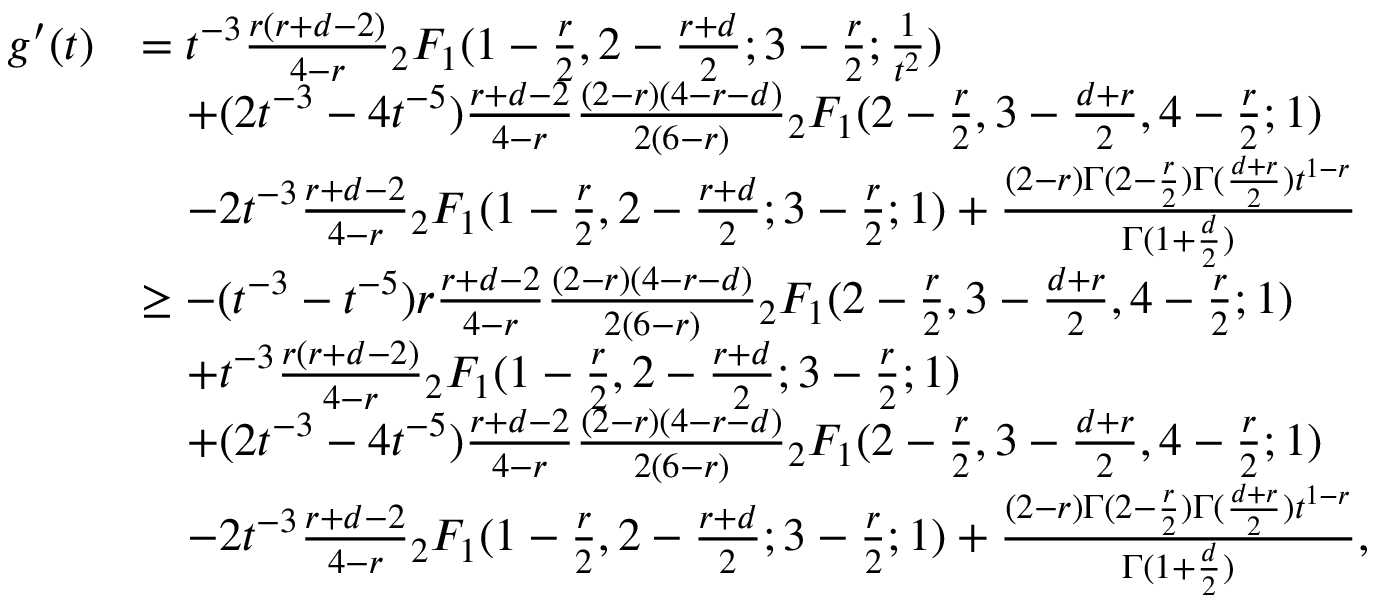
\begin{array} { r l } { g ^ { \prime } ( t ) } & { = t ^ { - 3 } \frac { r ( r + d - 2 ) } { 4 - r } { _ 2 F _ { 1 } } ( 1 - \frac { r } { 2 } , 2 - \frac { r + d } { 2 } ; 3 - \frac { r } { 2 } ; \frac { 1 } { t ^ { 2 } } ) } \\ & { \quad + ( 2 t ^ { - 3 } - 4 t ^ { - 5 } ) \frac { r + d - 2 } { 4 - r } \frac { ( 2 - r ) ( 4 - r - d ) } { 2 ( 6 - r ) } { _ 2 F _ { 1 } } ( 2 - \frac { r } { 2 } , 3 - \frac { d + r } { 2 } , 4 - \frac { r } { 2 } ; 1 ) } \\ & { \quad - 2 t ^ { - 3 } \frac { r + d - 2 } { 4 - r } { _ 2 F _ { 1 } } ( 1 - \frac { r } { 2 } , 2 - \frac { r + d } { 2 } ; 3 - \frac { r } { 2 } ; 1 ) + \frac { ( 2 - r ) \Gamma ( 2 - \frac { r } 2 ) \Gamma ( \frac { d + r } { 2 } ) t ^ { 1 - r } } { \Gamma ( 1 + \frac { d } { 2 } ) } } \\ & { \geq - ( t ^ { - 3 } - t ^ { - 5 } ) r \frac { r + d - 2 } { 4 - r } \frac { ( 2 - r ) ( 4 - r - d ) } { 2 ( 6 - r ) } { _ 2 F _ { 1 } } ( 2 - \frac { r } { 2 } , 3 - \frac { d + r } { 2 } , 4 - \frac { r } { 2 } ; 1 ) } \\ & { \quad + t ^ { - 3 } \frac { r ( r + d - 2 ) } { 4 - r } { _ 2 F _ { 1 } } ( 1 - \frac { r } { 2 } , 2 - \frac { r + d } { 2 } ; 3 - \frac { r } { 2 } ; 1 ) } \\ & { \quad + ( 2 t ^ { - 3 } - 4 t ^ { - 5 } ) \frac { r + d - 2 } { 4 - r } \frac { ( 2 - r ) ( 4 - r - d ) } { 2 ( 6 - r ) } { _ 2 F _ { 1 } } ( 2 - \frac { r } { 2 } , 3 - \frac { d + r } { 2 } , 4 - \frac { r } { 2 } ; 1 ) } \\ & { \quad - 2 t ^ { - 3 } \frac { r + d - 2 } { 4 - r } { _ 2 F _ { 1 } } ( 1 - \frac { r } { 2 } , 2 - \frac { r + d } { 2 } ; 3 - \frac { r } { 2 } ; 1 ) + \frac { ( 2 - r ) \Gamma ( 2 - \frac { r } 2 ) \Gamma ( \frac { d + r } { 2 } ) t ^ { 1 - r } } { \Gamma ( 1 + \frac { d } { 2 } ) } , } \end{array}